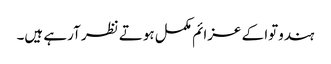
ہندوتوا کے عزائم مکمل ہوتے نظر آرہے ہیں۔